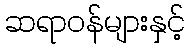
ဆရာဝန်များနှင့်